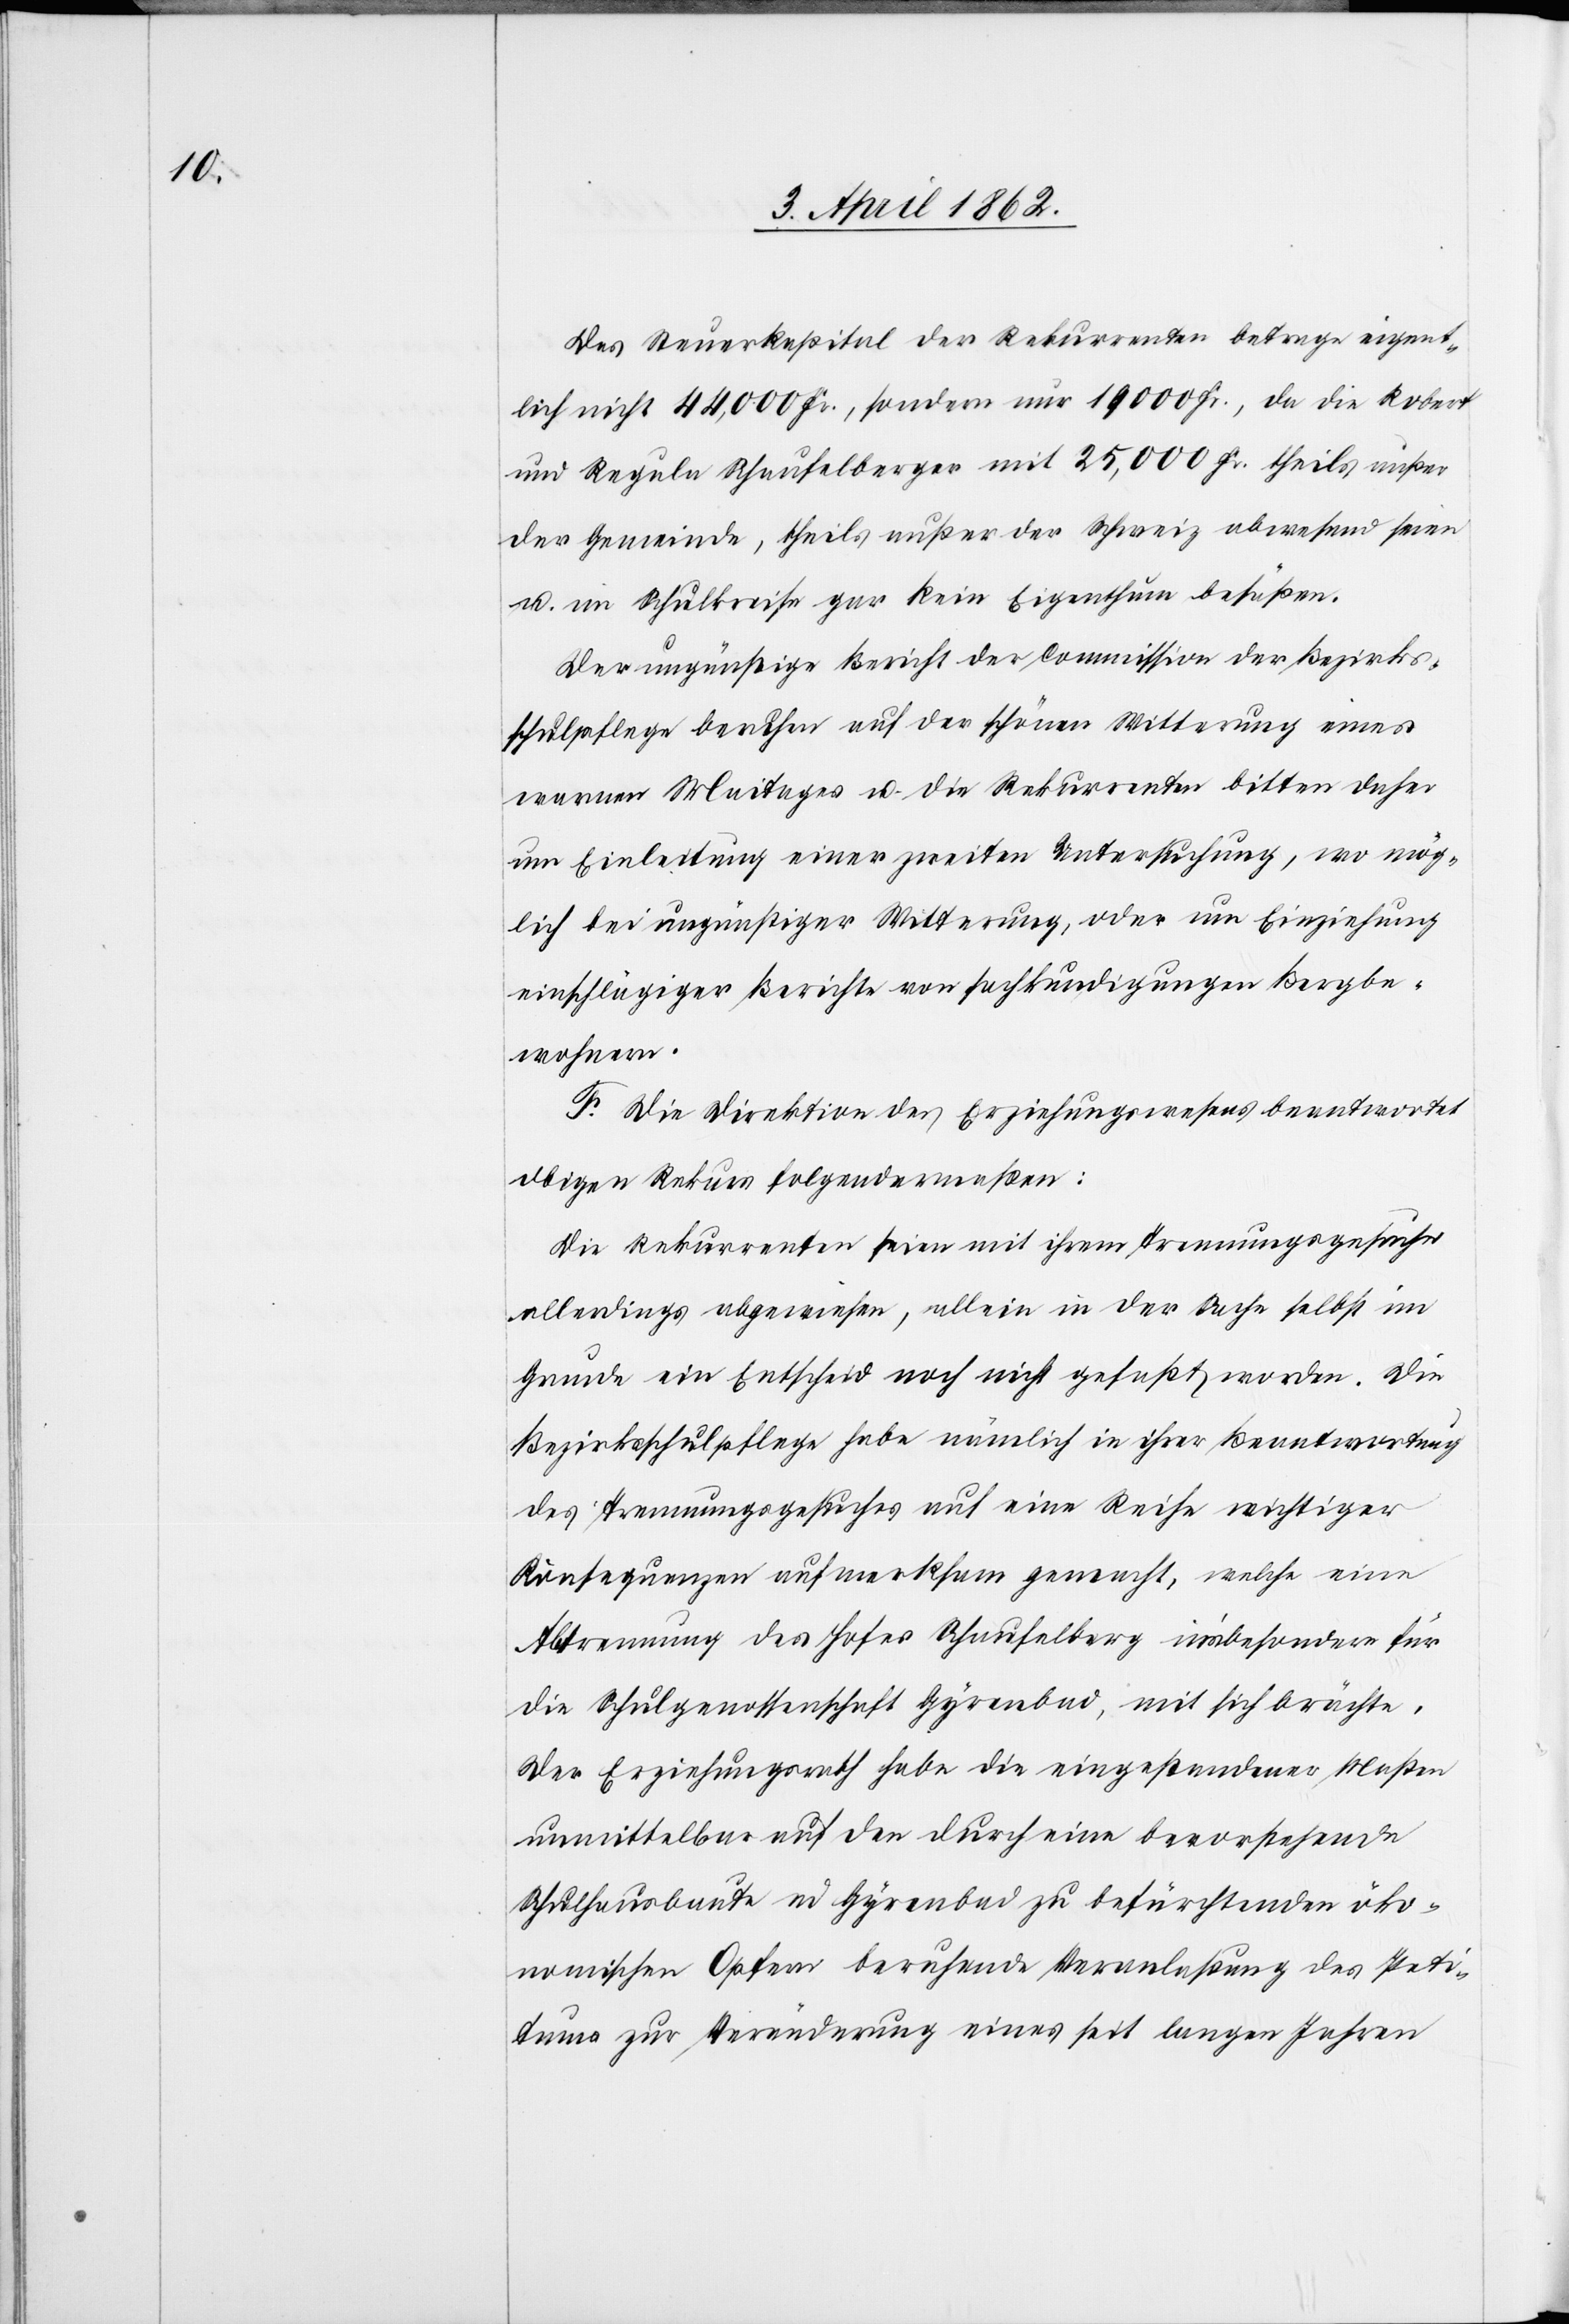
Das Steuerkapital der Rekurrenten betrage eigent¬
lich nicht 44,000 Fr., sondern nur 19 000 Fr., da die Robert
und Regula Schaufelberger mit 25,000 Fr. theils außer
der Gemeinde, theils außer der Schweiz abwesend seien
u. im Schulkreise gar kein Eigenthum besäßen.
Der ungünstige Bericht der Commission der Bezirks¬
schulpflege beruhen [sic!] auf der schönen Witterung eines
warmen Maitages u. die Rekurrenten bitten daher
um Einleitung einer zweiten Untersuchung, wo mög¬
lich bei ungünstiger Witterung, oder um Einziehung
einschlägiger Berichte von sachkundigungen Bergbe¬
wohnern.
F. Die Direktion des Erziehungswesens beantwortet
obigen Rekurs folgendermaßen:
Die Rekurrenten seien mit ihrem Trennungsgesuche
allerdings abgewiesen, allein in der Sache selbst im
Grunde ein Entscheid noch nicht gefaßt worden. Die
Bezirksschulpflege habe nämlich in ihrer Beantwortung
des Trennungsgesuches auf eine Reihe wichtiger
Konsequenzen aufmerksam gemacht, welche eine
Abtrennung des Hofes Schaufelberg in’sbesondere für
die Schulgenossenschaft Gyrenbad, mit sich brächte.
Der Erziehungsrath habe die eingestandener Maßen
unmittelbar auf der durch eine bevorstehende
Schulhausbaute in Gyrenbad zu befürchtenden öko¬
nomischen Opfer beruhende Veranlaßung des Peti¬
tums zur Veränderung eines seit langen Jahren